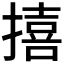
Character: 𪮬